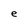
Character: e